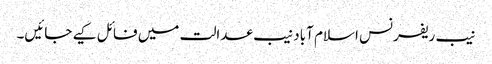
نیب ریفرنس اسلام آباد نیب عدالت میں فائل کیے جائیں۔